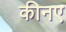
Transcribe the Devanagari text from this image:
कीनए